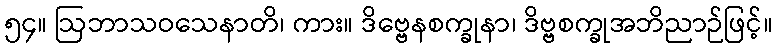
၅၄။ ဩဘာသဝသေနာတိ၊ ကား။ ဒိဗ္ဗေနစက္ခုနာ၊ ဒိဗ္ဗစက္ခုအဘိညာဉ်ဖြင့်။